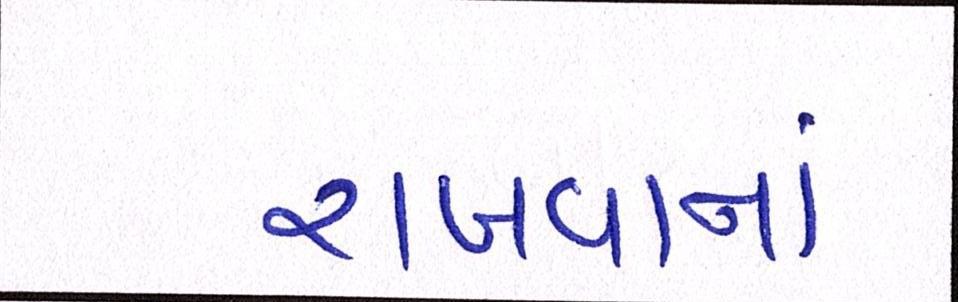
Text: રાખવાનાં